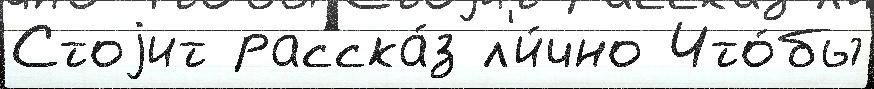
Стоjит расска́з л'и́чно Что́бы